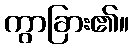
ကွာခြား၏။